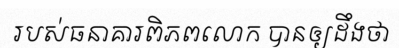
របស់ធនាគារពិភពលោក បានឲ្យដឹងថា